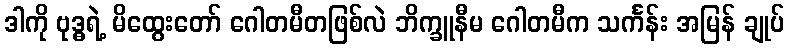
ဒါကို ဗုဒ္ဓရဲ့ မိထွေးတော် ဂေါတမီတဖြစ်လဲ ဘိက္ခူနီမ ဂေါတမီက သင်္ကန်း အမြန် ချုပ်